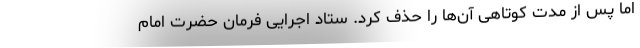
اما پس از مدت کوتاهی آن‌ها را حذف کرد. ستاد اجرایی فرمان حضرت امام